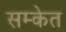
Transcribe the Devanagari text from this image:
सम्केत